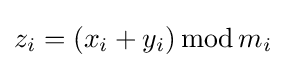
z_{i}=(x_{i}+y_{i})\operatorname {mod} m_{i}